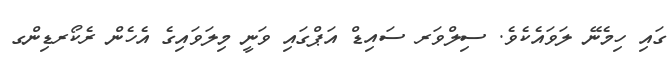
ގައި ހިމެނޭ ލަވައެކެވެ. ސިލްވަރ ސައިޑް އަޕްގައި ވަނީ މިލަވައިގެ އެހެން ރެކޯރޑިންގ